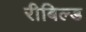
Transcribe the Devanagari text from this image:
रीबिल्ड